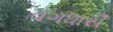
વગધારી